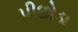
પીછોડા